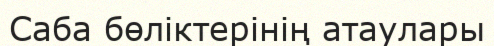
Саба бөліктерінің атаулары